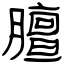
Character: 膻